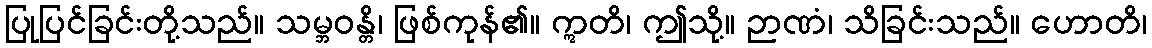
ပြုပြင်ခြင်းတို့သည်။ သမ္ဘဝန္တိ၊ ဖြစ်ကုန်၏။ ဣတိ၊ ဤသို့။ ဉာဏံ၊ သိခြင်းသည်။ ဟောတိ၊